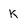
Character: K